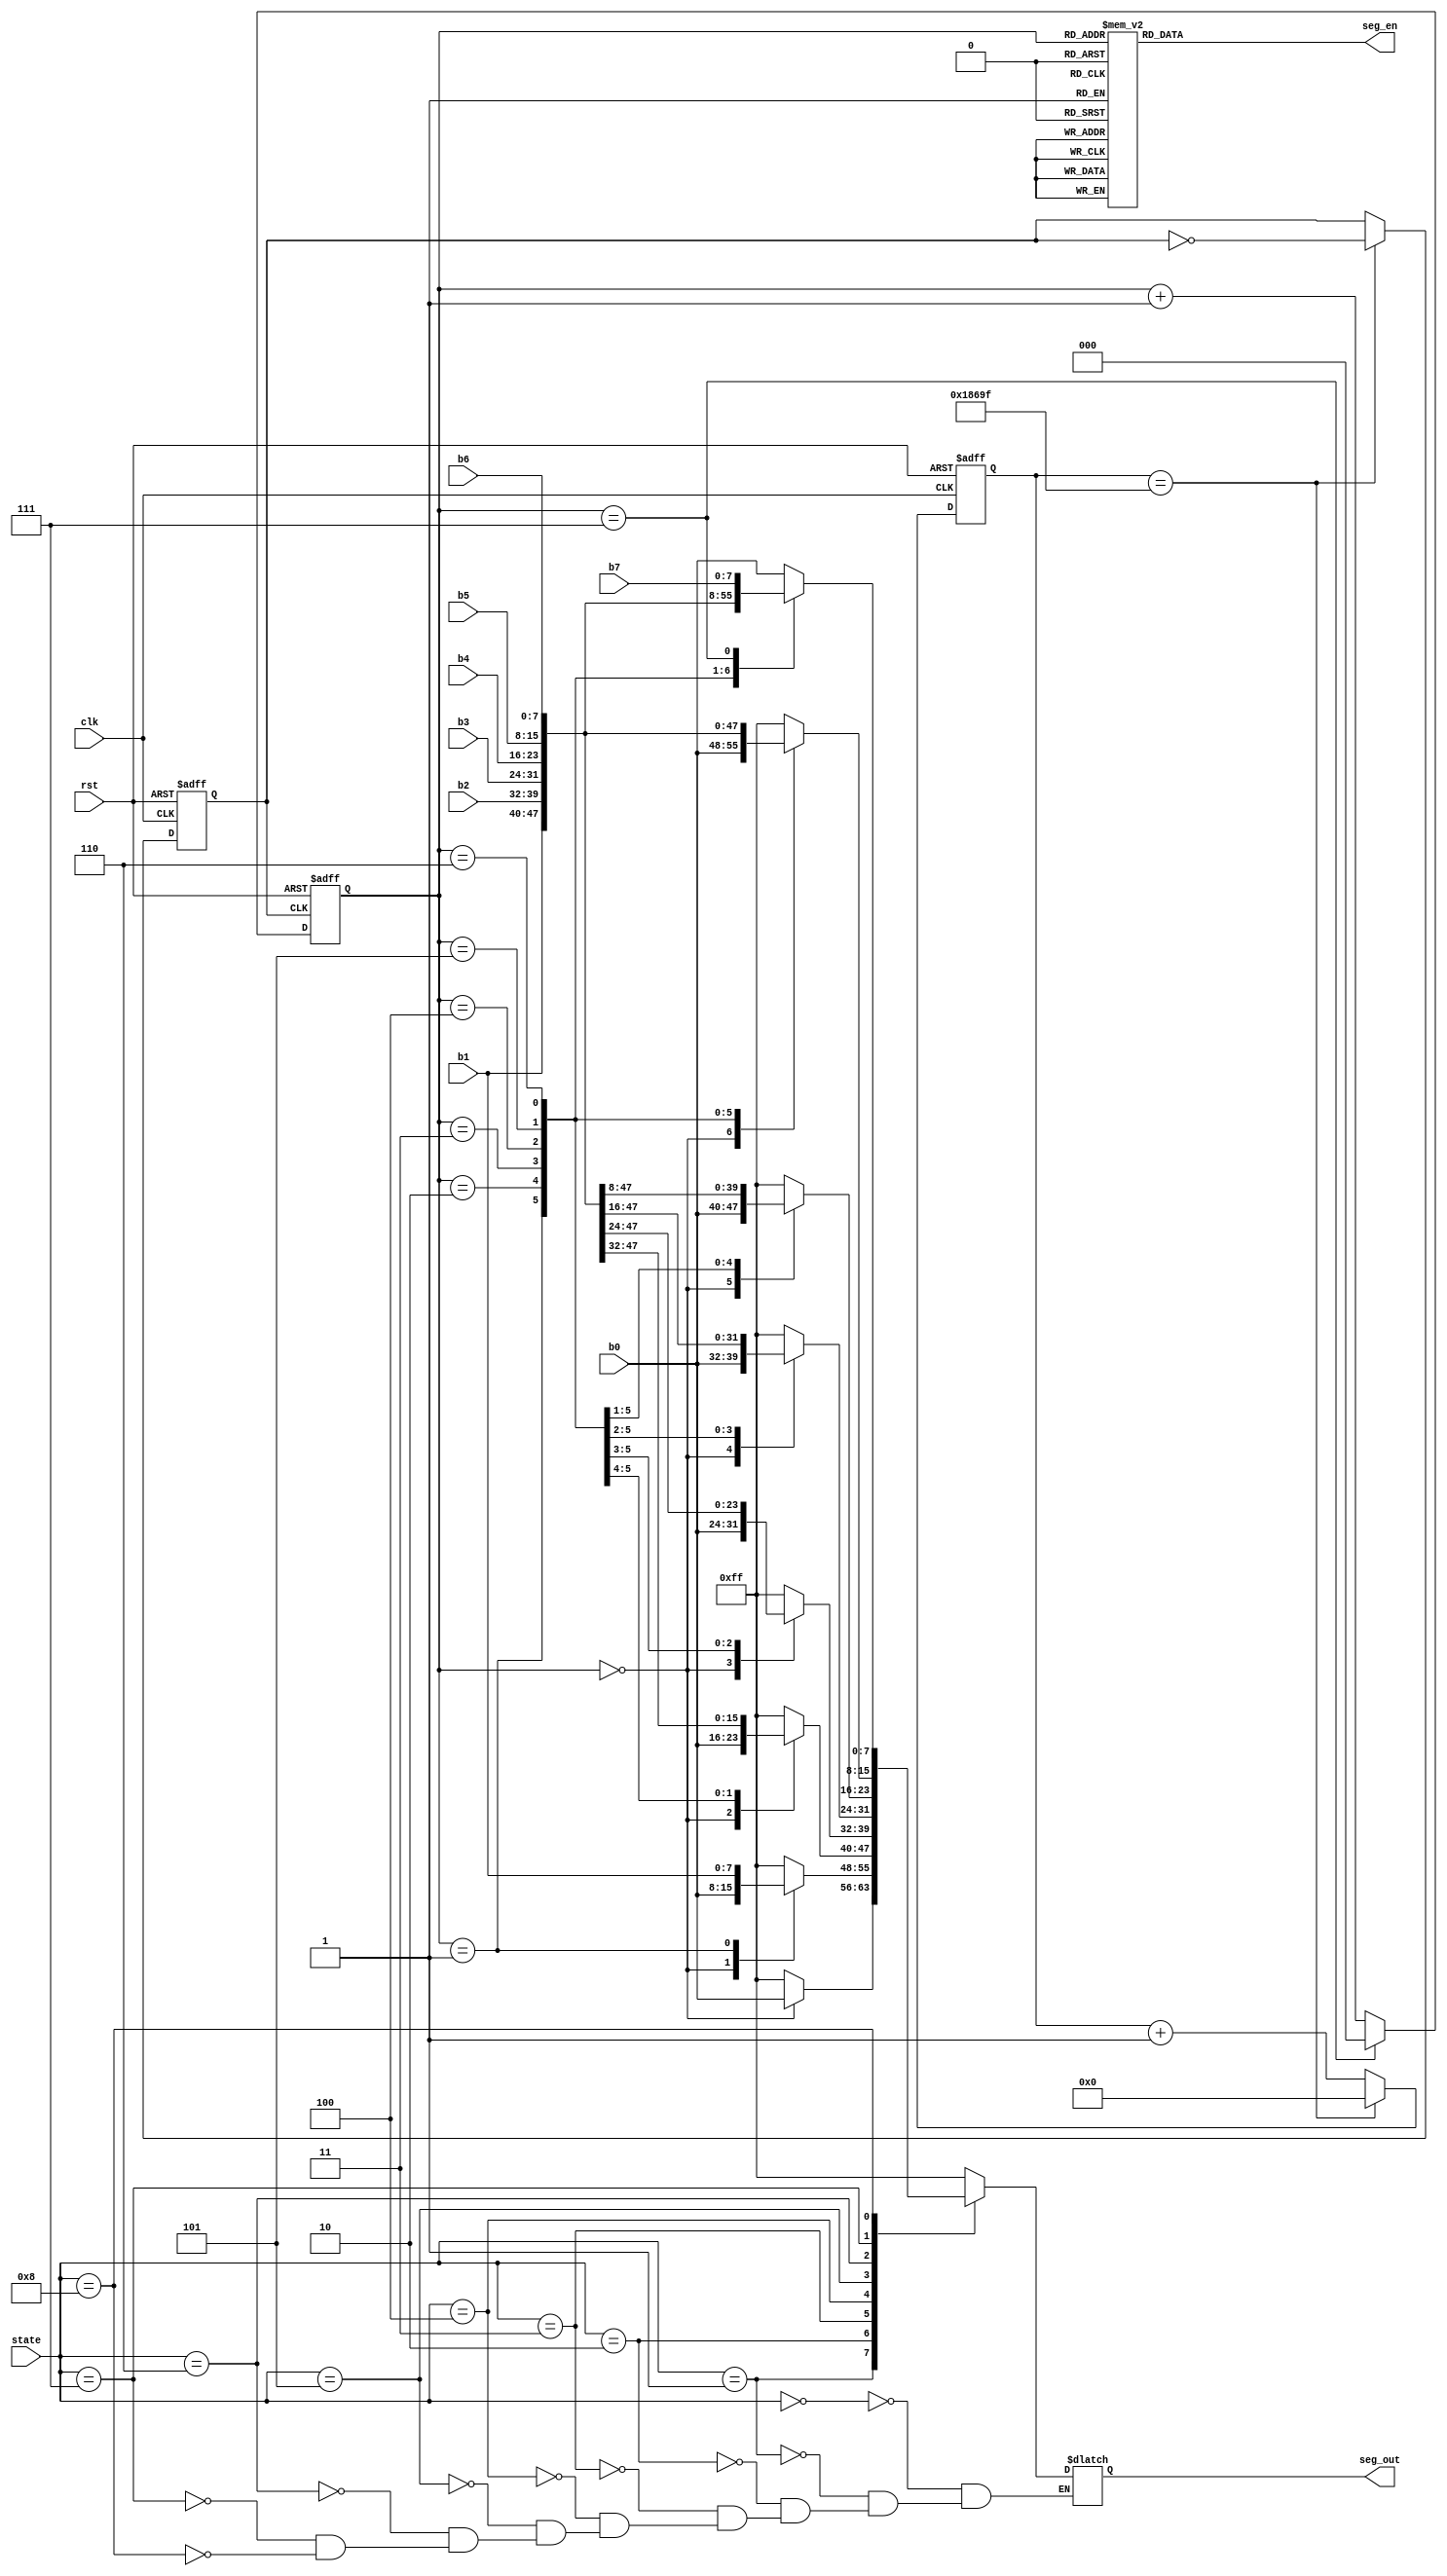
`timescale 1ns / 1ps

module encoder_display(
    input clk,
    input rst,
    input [3:0] state,
    input [7:0] b0,b1,b2,b3,b4,b5,b6,b7,
    output reg [7:0] seg_en,
    output reg [7:0] seg_out   
);
reg clkout;
reg [31:0] cnt;
reg [2:0] scan_cnt;
parameter period = 200000;

always @ (posedge clk or posedge rst) begin // frequency division  clk->clkout
            if(rst) begin
                cnt<= 0;
                clkout<=0;
            end
            else begin
                if(cnt == (period>>1)-1) begin
                   clkout <= ~clkout;
                   cnt <= 0;
                end
                else 
                    cnt <= cnt+1;
            end
        end
        
always @ (posedge clkout or posedge rst) begin //chance scan_cnt based on clkout
    if(rst)
        scan_cnt <= 0;
    else begin 
        scan_cnt <= scan_cnt + 1;
        if(scan_cnt == 3'd7)
            scan_cnt <= 0;
    end
end
        
always @ (scan_cnt) begin //select tube
       case (scan_cnt)
           3'b000: seg_en = ~8'b1000_0000;
           3'b001: seg_en = ~8'b0100_0000;
           3'b010: seg_en = ~8'b0010_0000;
           3'b011: seg_en = ~8'b0001_0000;
           3'b100: seg_en = ~8'b0000_1000;
           3'b101: seg_en = ~8'b0000_0100;
           3'b110: seg_en = ~8'b0000_0010;
           3'b111: seg_en = ~8'b0000_0001;
           default : seg_en = ~8'b0000_0000;
       endcase
   end

always @ (scan_cnt,state) begin
    case(state)
        0:seg_out = ~8'b0000_0000;//none
        1:case(scan_cnt)
            0:seg_out = b0;// 0
            default: seg_out = ~8'b0000_0000;
          endcase
        2:case(scan_cnt)
            0:seg_out = b0;// 0
            1:seg_out = b1;// 1
            default: seg_out = ~8'b0000_0000;
          endcase
        3:case(scan_cnt)                    
            0:seg_out = b0;// 0
            1:seg_out = b1;// 1
            2:seg_out = b2;// 2
            default: seg_out = ~8'b0000_0000;
          endcase                     
        4:case(scan_cnt)
            0:seg_out = b0;// 0 
            1:seg_out = b1;// 1 
            2:seg_out = b2;// 2 
            3:seg_out = b3;// 3 
            default: seg_out = ~8'b0000_0000;
           endcase
        5:case(scan_cnt)
            0:seg_out = b0;// 0
            1:seg_out = b1;// 1
            2:seg_out = b2;// 2
            3:seg_out = b3;// 3
            4:seg_out = b4;// 4
            default: seg_out = ~8'b0000_0000;
            endcase
        6:case(scan_cnt)
            0:seg_out = b0;// 0
            1:seg_out = b1;// 1
            2:seg_out = b2;// 2
            3:seg_out = b3;// 3
            4:seg_out = b4;// 4
            5:seg_out = b5;// 5
            default: seg_out = ~8'b0000_0000;
            endcase
        7:case(scan_cnt)
            0:seg_out = b0;// 0
            1:seg_out = b1;// 1
            2:seg_out = b2;// 2
            3:seg_out = b3;// 3
            4:seg_out = b4;// 4
            5:seg_out = b5;// 5
            6:seg_out = b6;// 6
            default: seg_out = ~8'b0000_0000;
            endcase
        8:case(scan_cnt)
            0:seg_out = b0;// 0
            1:seg_out = b1;// 1
            2:seg_out = b2;// 2
            3:seg_out = b3;// 3
            4:seg_out = b4;// 4
            5:seg_out = b5;// 5
            6:seg_out = b6;// 6
            7:seg_out = b7;// 7
            default: seg_out = ~8'b0000_0000;
            endcase
        endcase
   end     
endmodule